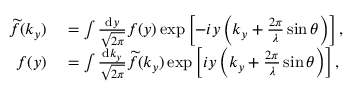
\begin{array} { r l } { \smash { \widetilde { f } } ( k _ { y } ) } & { { } = \int \frac { \mathrm { d } y } { \sqrt { 2 \pi } } f ( y ) \exp \left[ - i y \left( k _ { y } + \frac { 2 \pi } { \lambda } \sin \theta \right) \right] , } \\ { f ( y ) } & { { } = \int \frac { \mathrm { d } k _ { y } } { \sqrt { 2 \pi } } \smash { \widetilde { f } } ( k _ { y } ) \exp \left[ i y \left( k _ { y } + \frac { 2 \pi } { \lambda } \sin \theta \right) \right] , } \end{array}